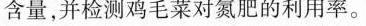
含量，并检测鸡毛菜对氮肥的利用率。